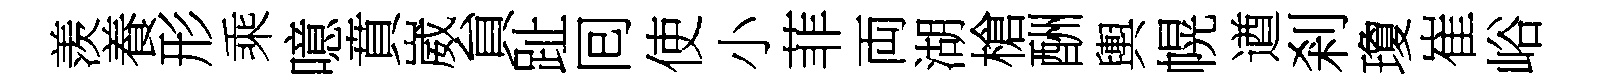
羡養形乘噫賁崴貟趾囘使小菲両湖槍酬輿幌遒剎瓊崔峪